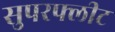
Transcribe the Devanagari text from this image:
सुपरफ्लीट